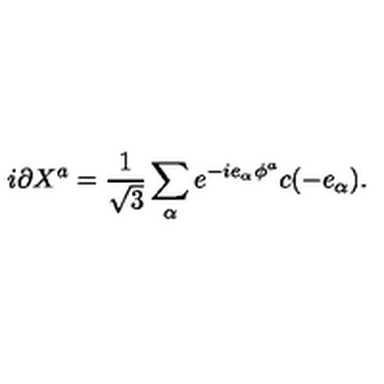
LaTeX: i \partial X ^ { a } = { \frac { 1 } { \sqrt 3 } } \sum _ { \alpha } e ^ { - i e _ { \alpha } \phi ^ { a } } c ( - e _ { \alpha } ) .